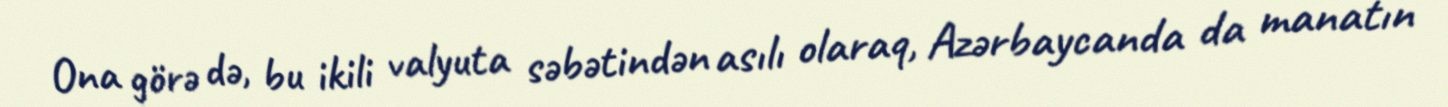
Ona görə də, bu ikili valyuta səbətindən asılı olaraq, Azərbaycanda da manatın